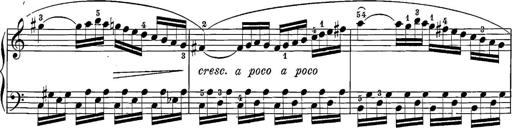
Title: 12 Sonatine per Pianoforte
Composer: Friedrich Kuhlau